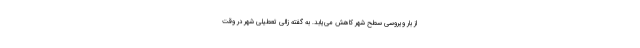
از بار ویروسی سطح شهر کاهش می‌یابد. به گفته زالی تعطیلی شهر در وقت